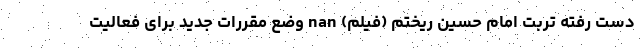
دست رفته تربت امام حسین ریختم (فیلم) nan وضع مقررات جدید برای فعالیت